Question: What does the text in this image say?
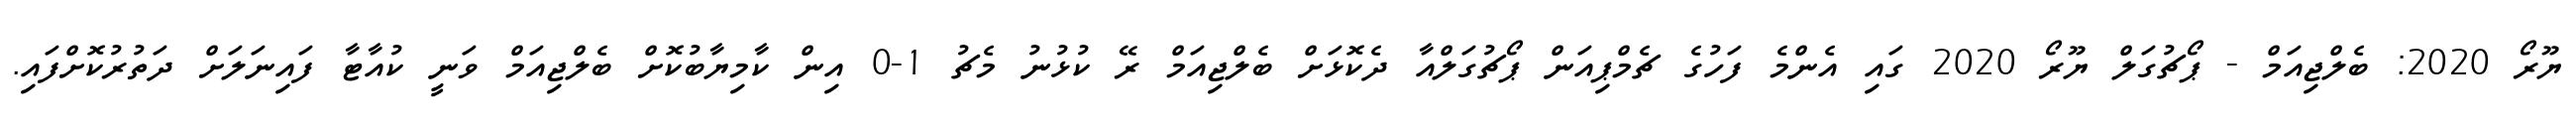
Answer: ޔޫރޯ 2020: ބެލްޖިއަމް - ޕޯޗުގަލް ޔޫރޯ 2020 ގައި އެންމެ ފަހުގެ ޗެމްޕިއަން ޕޯޗުގަލްއާ ދެކޮޅަށް ބެލްޖިއަމް ރޭ ކުޅުނު މެޗު 1-0 އިން ކާމިޔާބުކޮށް ބެލްޖިއަމް ވަނީ ކުއާޓާ ފައިނަލަށް ދަތުރުކޮށްފައި.